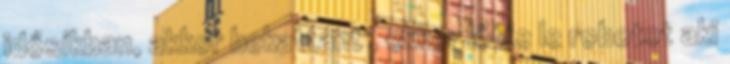
idősíkban, akkor bekattant , ekkor lőtte le robotot aki